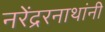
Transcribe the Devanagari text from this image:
नरेंद्ररनाथांनी